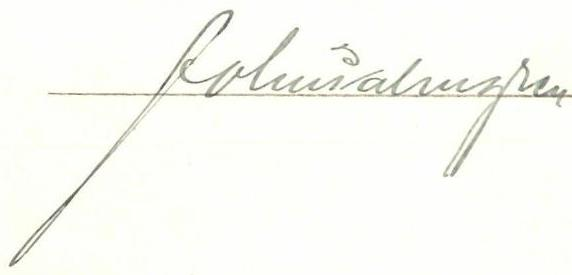
John Palmgren